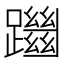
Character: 躖